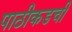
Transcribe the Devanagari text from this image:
पाठीकडची